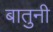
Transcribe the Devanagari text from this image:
बातुनी